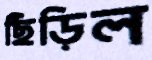
ছিঁড়িল